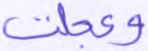
وعجلت